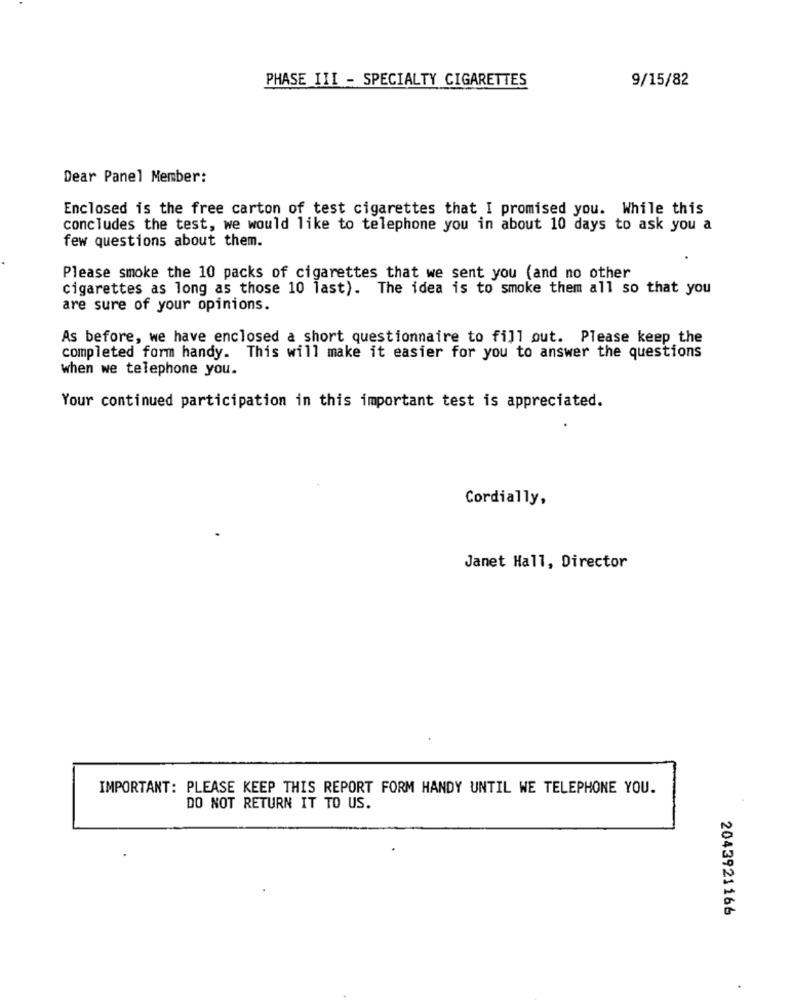
PHASE III - SPECIALTY CIGARETTES
9/15/82
Dear Panel Member:
Enclosed is the free carton of test cigarettes that I promised you. While this
concludes the test, we would like to telephone you in about 10 days to ask you a
few questions about them.
Please smoke the 10 packs of cigarettes that we sent you (and no other
cigarettes as long as those 10 last). The idea is to smoke them all so that you
are sure of your opinions.
As before, we have enclosed a short questionnaire to fill out. Please keep the
completed form handy. This will make it easier for you to answer the questions
when we telephone you.
Your continued participation in this important test is appreciated.
Cordially,
Janet Hall, Director
IMPORTANT: PLEASE KEEP THIS REPORT FORM HANDY UNTIL WE TELEPHONE YOU.
DO NOT RETURN IT TO US.
2043921166